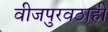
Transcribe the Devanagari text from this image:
वीजपुरवठाही